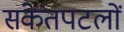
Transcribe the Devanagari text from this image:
संकेतपटलों